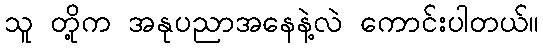
သူ တို့က အနုပညာအနေနဲ့လဲ ကောင်းပါတယ်။